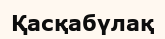
Қасқабүлақ